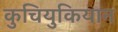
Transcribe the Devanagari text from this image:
कुचियुकियान